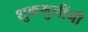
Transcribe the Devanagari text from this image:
शुकमुनींनी